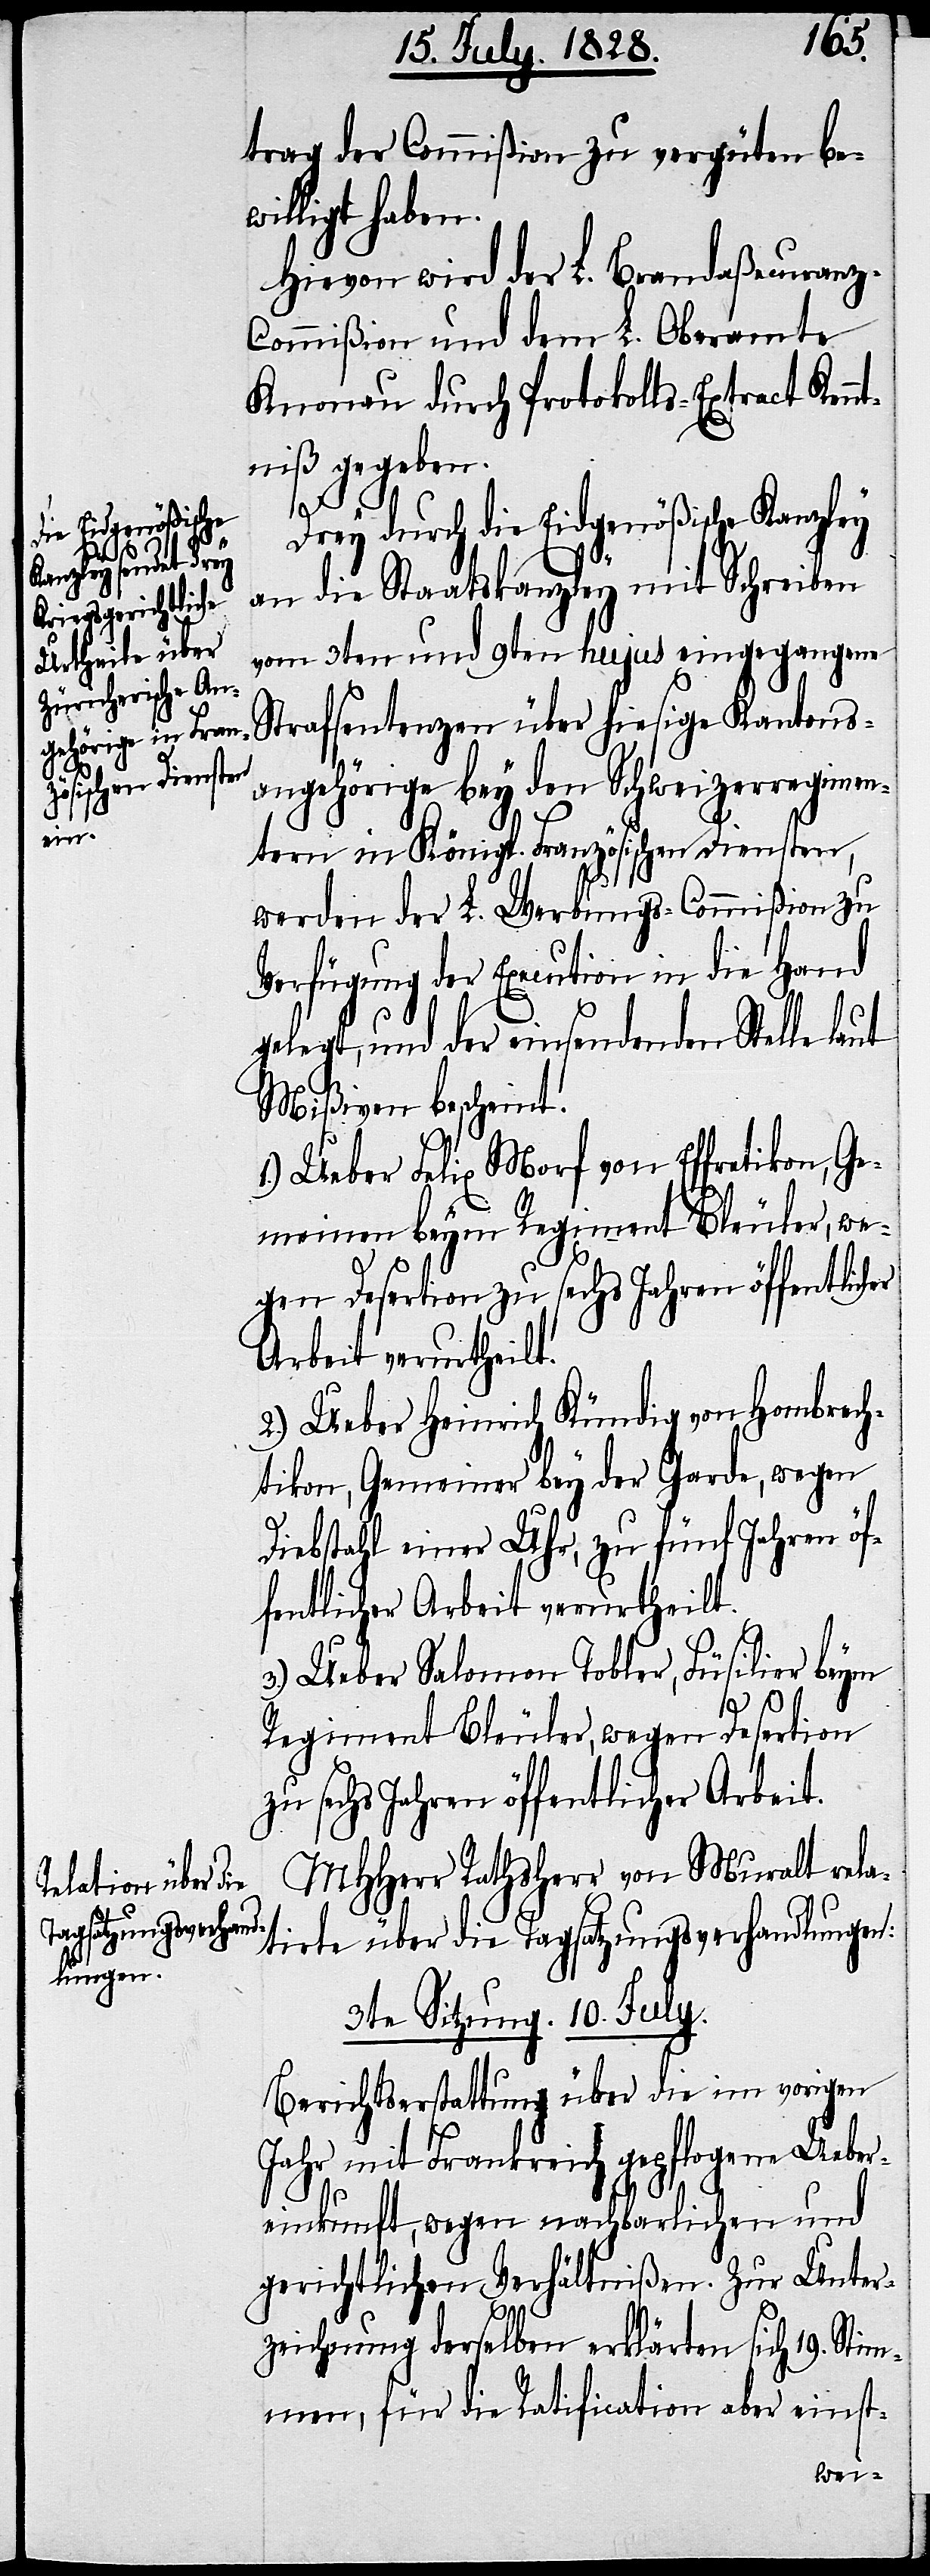
die Eidgenößische

trag der Commißion zu vergüten be¬
willigt haben.
Hievon wird der L. Brandaßecuran¬
z-Commißion und dem L. Oberamte
Knonau durch Protokolls-Extract Kenn¬
tniß gegeben.
an die Staatskanzley mit Schreiben
vom 3ten und 9ten hujus eingegangene
Strafsentenzen über hiesige Kantons¬
angehörige bey den Schweizerregimen¬
tern in Königl. Französischen Diensten,
werden der L. Werbungs-Commißion zu
Verfügung der Execution in die Hand
gelegt, und der einsendenden Stelle laut
Mißiven bescheint.
1.) Ueber Felix Morf von Effretikon, Ge¬
meinen beym Regiment Bleuler, we¬
gen Desertion zu sechs Jahren öffentlic¬
Arbeit verurtheilt.
2.) Ueber Heinrich Kündig von Hombrech¬
tikon, Gemeiner bey der Garde, wegen
Diebstahl einer Uhr, zu fünf Jahren öf¬
fentlicher Arbeit verurtheilt.
3.) Ueber Salomon Tobler, Füsilier beym
Regiment Bleuler, wegen Desertion
zu sechs Jahren öffentlicher Arbeit.
MHHerr Rathsherr von Muralt rela¬
tirte über die Tagsatzungsverhandlungen:
3te Sitzung. 10. July.
Berichtserstattung über die im vorigen
Jahr mit Frankreich gepflogene Ueber¬
her
einkunft, wegen nachbarlichen und
gerichtlichen Verhältnißen. Zur Unter¬
zeichnung derselben erklärten sich 19. Stim¬
men, für die Ratification aber einst-